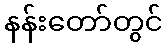
နန်းတော်တွင်